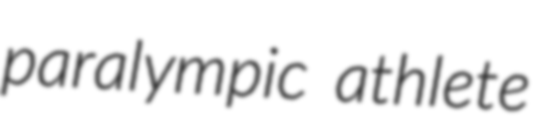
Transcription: paralympic athlete